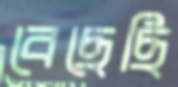
বেছেছি